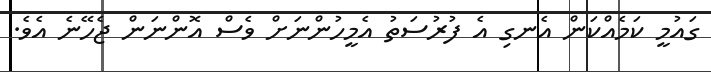
ގައުމީ ކަމެއްކަން އެނގި އެ ފުރުސަތު އެމީހުންނަށް ވެސް އޮންނަން ޖެހޭނެ އެވެ.